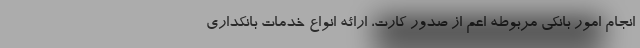
انجام امور بانکی مربوطه اعم از صدور کارت، ارائه انواع خدمات بانکداری